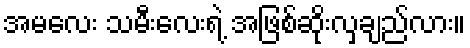
အမလေး သမီးလေးရဲ့ အဖြစ်ဆိုးလှချည်လား။